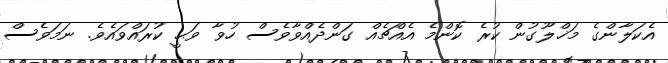
އެކަލާންގެ މަޚްލޫގުން ކުރެ ކޮންމެ އެއްޗެއް ގަންދެއްވާވެސް ހުވާ ވަޙީ ކުރައްވައެވެ. ނަމަވެސް